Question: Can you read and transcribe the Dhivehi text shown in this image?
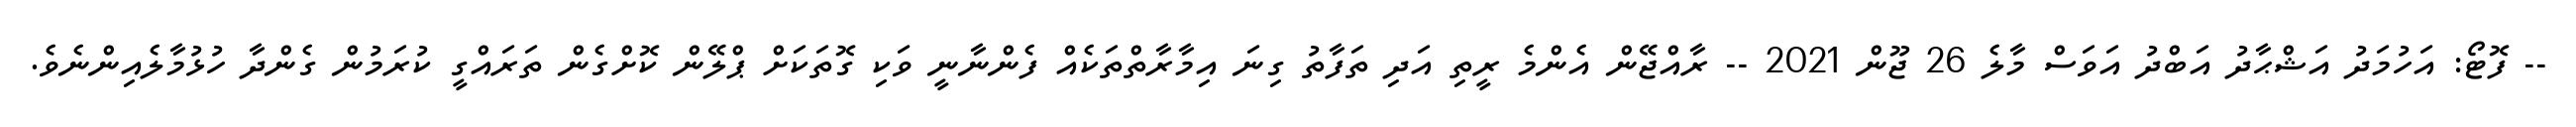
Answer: -- ފޮޓޯ: އަހުމަދު އަޝްޙާދު އަބްދު އަވަސް މާލެ 26 ޖޫން 2021 -- ރާއްޖޭން އެންމެ ރީތި އަދި ތަފާތު ގިނަ އިމާރާތްތަކެއް ފެންނާނީ ވަކި ގޮތަކަށް ޕްލޭން ކޮށްގެން ތަރައްގީ ކުރަމުން ގެންދާ ހުޅުމާލެއިންނެވެ.